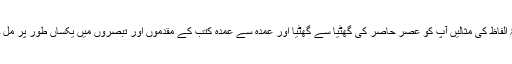
اس ذخیرۂِ الفاظ کی مثالیں آپ کو عصرِ حاصر کی گھٹیا سے گھٹیا اور عمدہ سے عمدہ کتب کے مقدموں اور تبصروں میں یکساں طور پر مل جائیں گی۔